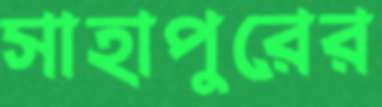
সাহাপুরের